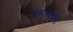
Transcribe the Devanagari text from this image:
अमाल्फी